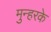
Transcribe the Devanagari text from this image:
मुन्हरके